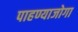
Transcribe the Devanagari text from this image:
पाहण्याजोगा